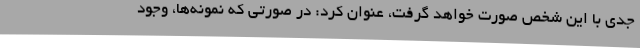
جدی با این شخص صورت خواهد گرفت، عنوان کرد: در صورتی که نمونه‌ها، وجود